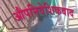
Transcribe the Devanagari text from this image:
औपनिवेशिकवाद